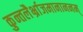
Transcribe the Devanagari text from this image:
कुन्तलैर्भ्राजमानाननम्